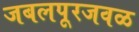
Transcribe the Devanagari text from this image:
जबलपूरजवळ